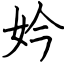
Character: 妗